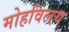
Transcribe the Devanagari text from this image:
मोहविलय